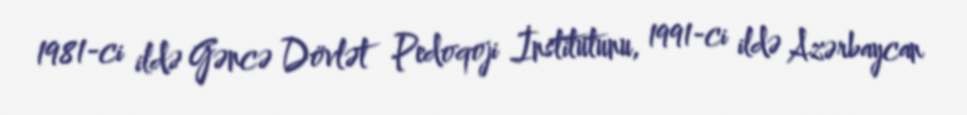
1981-ci ildə Gəncə Dövlət Pedoqoji İnstitutunu, 1991-ci ildə Azərbaycan